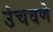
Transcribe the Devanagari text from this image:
उंचवणे